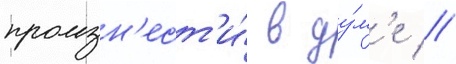
произн'ест'и́ в ду́м'е //